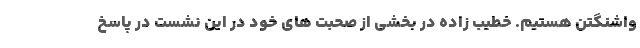
واشنگتن هستیم. خطیب زاده در بخشی از صحبت های خود در این نشست در پاسخ